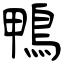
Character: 鴨